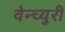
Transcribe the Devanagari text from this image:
वेन्च्युरी